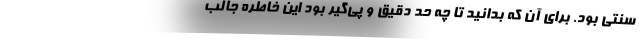
سنتی بود. برای آن که بدانید تا چه حد دقیق و پی‌گیر بود این خاطره جالب